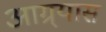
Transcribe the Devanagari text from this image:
आग्र्यास